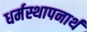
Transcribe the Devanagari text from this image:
धर्मस्थापनार्थ